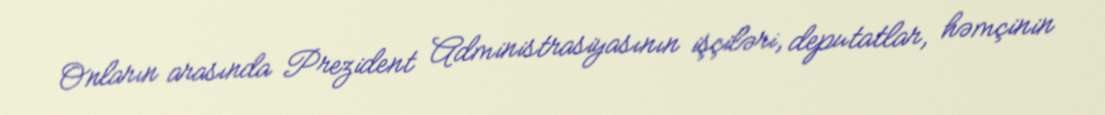
Onların arasında Prezident Administrasiyasının işçiləri, deputatlar, həmçinin